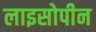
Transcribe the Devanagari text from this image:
लाइसोपीन